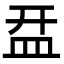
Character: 㿼